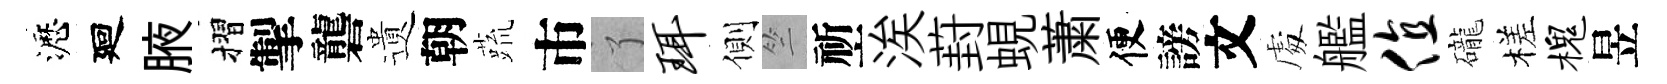
瀝廻腋摺掣礱遺朝蔬市了珥側竺祈涘葑蜆䔥便謗文䖏艦值礲槎槐昱